Report of the King Institute of Preventive Medicine, Guindy
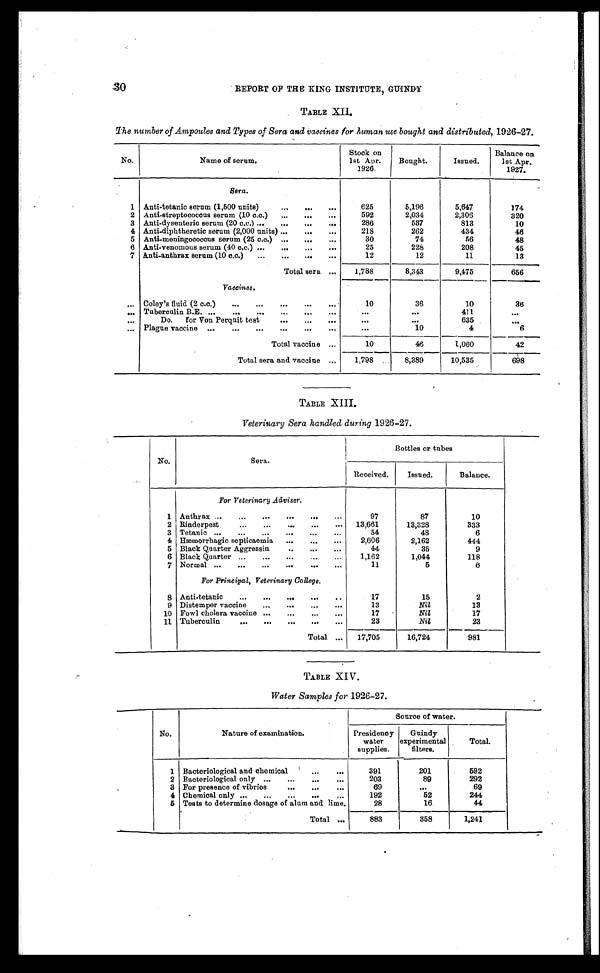
REPORT OF THE KING INSTITUTE, GUINDY
TABLE XII.
The number of Ampoules and Types of Sera and vaccines for human use bought and distributed, 1926-27.
No.
Name of serum.
Stock on
1st Apr.
1926.
Bought.
Issued.
Balance on
1st Apr.
1927.
Sera.
1 Anti-tetanic serum (1,500 units) . . .
625
5,196
5,647
174
2 Anti-streptococcus serum (10 c.c.) . . .
592
2,034
2, 306
320
3 Anti-dysenteric serum (20 c.c.) . . .
286
537
813
10
4 Anti-diphtheretic serum (2,000 units) . . .
218
262
434
46
5 Anti-meningococcus serum (25 c.c.) . . .
30
74
56
48
6 Anti-venomous serum (40 c.c.) . . .
25
228
208
45
7 Anti-anthrax serum (10 c.c.) . . .
12
12
11
13
Total sera . . .
1,788
8,343
9,475
656
Vaccines.
. . . Coley's fluid (2 c.c.) . . .
10
36
10
3 6
. . . Tuberculin B.E. . . .
. . .
. . .
4 1 1
. . .
. . .
Do. for Von Perquit test . . .
. . .
. . .
635
. . .
. . . Plague vaccine . . .
. . .
10
4
6
Total vaccine . . .
10
46
1,060
42
Total sera and vaccine . . .
1,798
8,389
10,535
698
TABLE XIII.
Veterinary Sera handled during 1926-27.
No.
Sera.
Bottles or tubes
Received.
Issued.
Balance.
For Veterinary Adviser.
1 Anthrax . . .
97
87
10
2 Rinderpest . . .
13,661
13,328
333
3 Tetanic . . .
54
48
6
4 Hæmorrhagic septicaemia . . .
2,606
2,162
444
5 Black Quarter Aggressin . . .
44
35
9
6 Black Quarter . . .
1,162
1,044
118
7 Normal . . .
11
5
6
For Principal, Veterinary College.
8 Anti-tetanic . . .
17
15
2
9 Distemper vaccine . . .
13
Nil
13
10 Fowl cholera vaccine . . .
17
Nil
17
11 Tuberculin . . .
23
Nil
23
Total . . .
17,705
16,724
981
TABLE XIV.
Water Samples for 1926-27.
Source of water.
No.
Nature of examination.
Presidency
water
supplies.
Guindy
experimental
filters.
Total.
1 Bacteriological and chemical . . .
391
201
592
2 Bacteriological only . . .
203
89
292
3 For presence of vibrios . . .
69
. . .
69
4 Chemical only . . .
192
52
244
5 Tests to determine dosage of alum and lime.
28
16
44
Total . . .
883
358
1 , 2 4 1